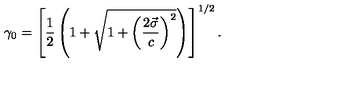
\gamma _ { 0 } = \left[ \frac { 1 } { 2 } \left( 1 + \sqrt { 1 + \left( \displaystyle \frac { 2 \vec { \sigma } } { c } \right) ^ { 2 } } \right) \right] ^ { 1 / 2 } .